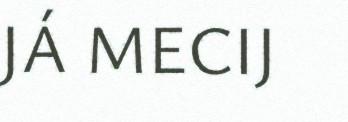
JÁ MECIJ